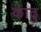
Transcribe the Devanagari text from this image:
काढु